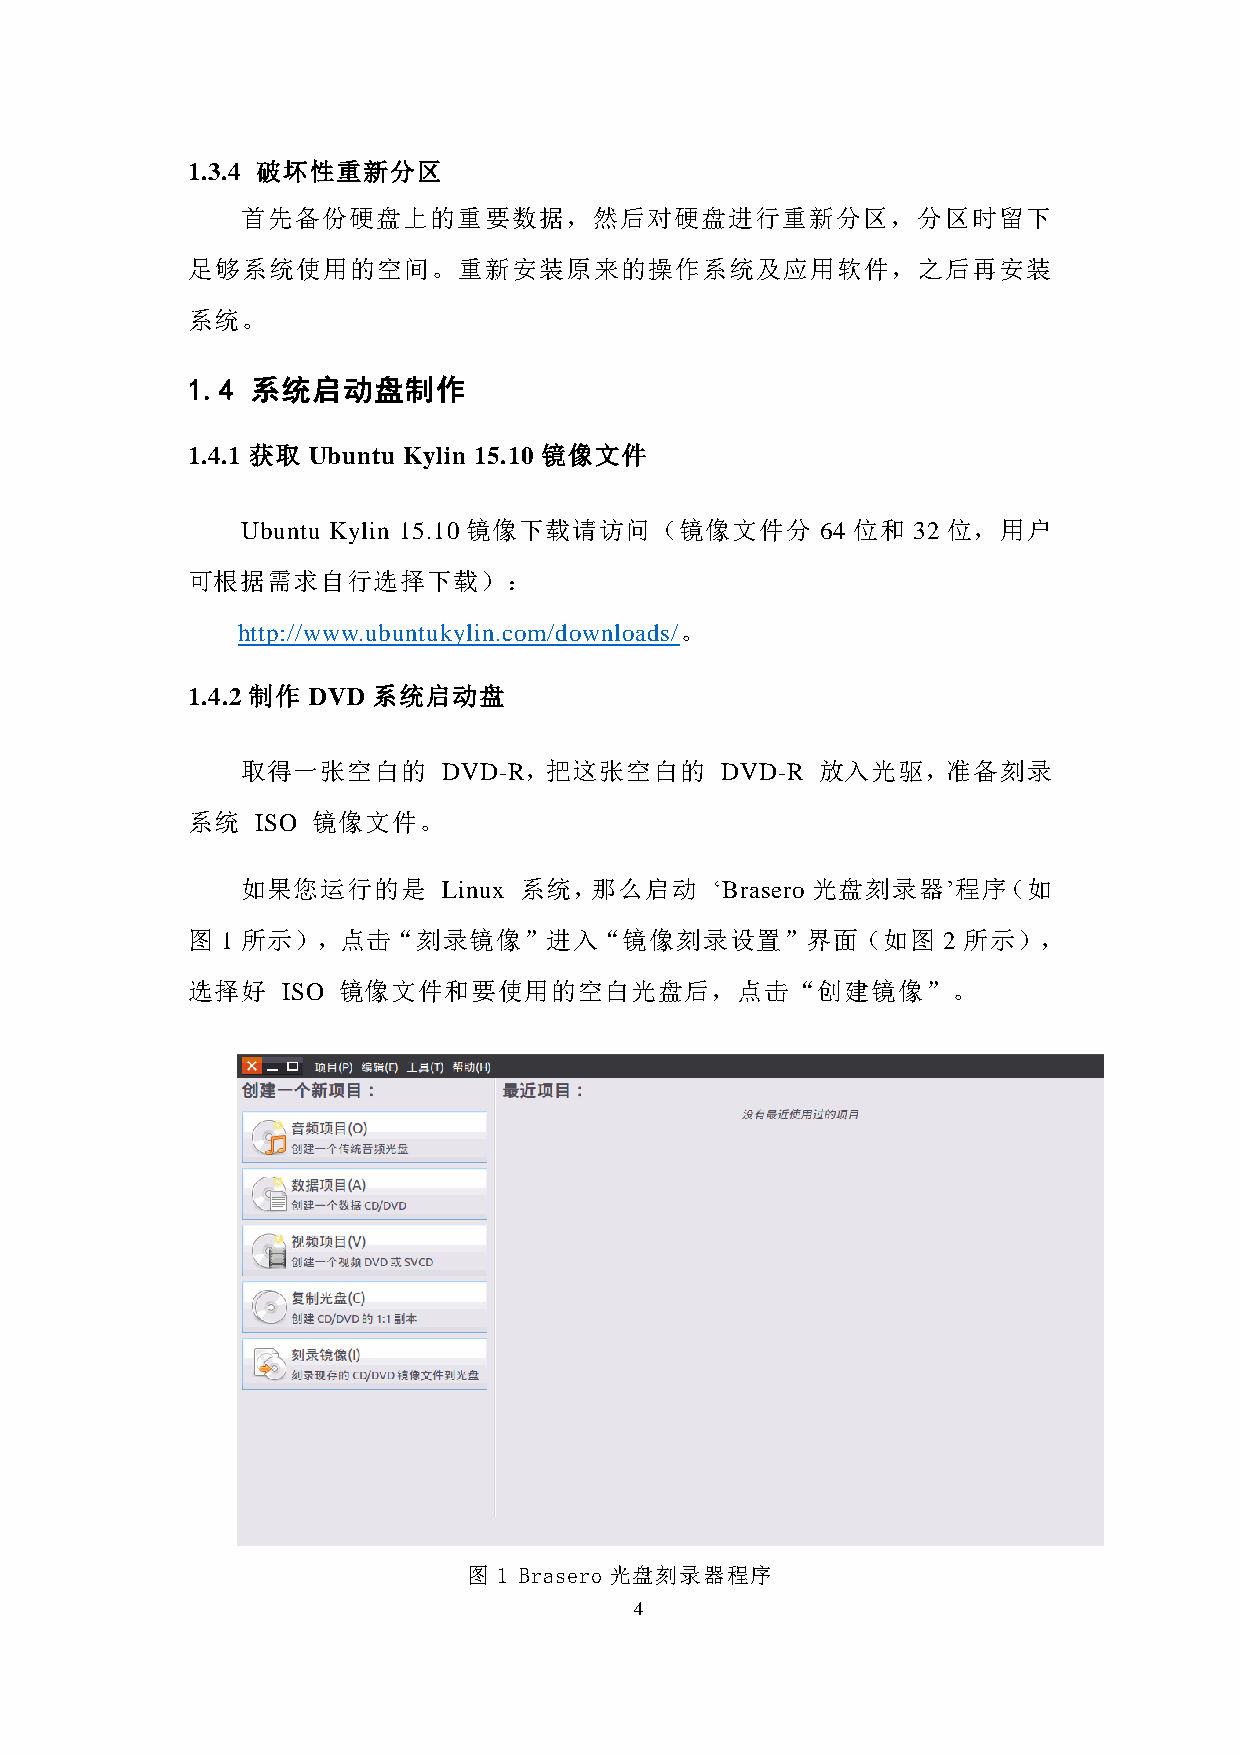
1.3.4 破坏性重新分区
 首先备份硬盘上的重要数据，然后对硬盘进行重新分区，分区时留下
 足够系统使用的空间。重新安装原来的操作系统及应用软件，之后再安装
 系统。
 1.4  系统启动盘制作
 1.4.1 获取 Ubuntu Kylin 15.10 镜像文件
 Ubuntu Kylin 15.10 镜像下载请访问（镜像文件分      64 位和 32 位，用户
 可根据需求自行选择下载）：
 http://www.ubuntukylin.com/downloads/。
 1.4.2 制作 DVD 系统启动盘
 取得一张空白的      DVD-R，把这张空白的       DVD-R 放入光驱，准备刻录
 系统   ISO 镜像文件。
 如果您运行的是      Linux 系统，那么启动     ‘Brasero 光盘刻录器’程序（如
 图  1 所示），点击“刻录镜像”进入“镜像刻录设置”界面（如图                  2 所示），
 选择好    ISO 镜像文件和要使用的空白光盘后，点击“创建镜像”。
 图 1 Brasero 光盘刻录器程序
 4